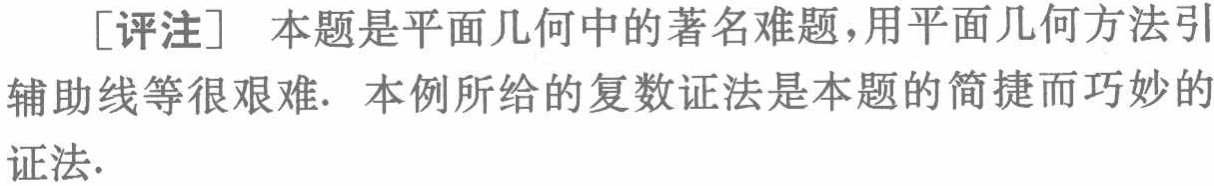
[评注] 本题是平面几何中的著名难题，用平面几何方法引辅助线等很艰难. 本例所给的复数证法是本题的简捷而巧妙的证法.